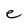
Character: e